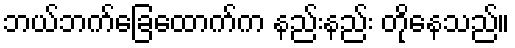
ဘယ်ဘက်ခြေထောက်က နည်းနည်း တိုနေသည်။